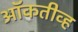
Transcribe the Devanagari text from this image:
ऑकतीव्ह